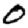
Digit: 0